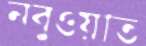
নবুওয়াত